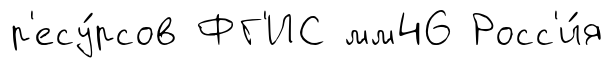
р'есу́рсов ФГ'ИС мм46 Росс'и́я